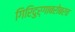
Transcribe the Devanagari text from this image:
गिरिदुर्गाबरोबरच